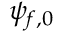
\psi _ { f , 0 }